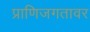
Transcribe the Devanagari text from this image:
प्राणिजगतावर